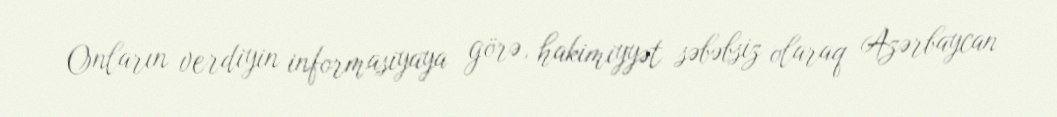
Onların verdiyin informasiyaya görə, hakimiyyət səbəbsiz olaraq Azərbaycan